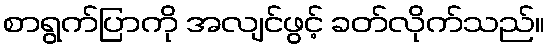
စာရွက်ပြာကို အလျင်ဖွင့် ခတ်လိုက်သည်။